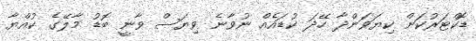
ޑޮކްޓަރުކަން ކިޔަވަންދާ ހޭދަ ކުޑައެއް ނުވާނެ ވިޔަސް ވާނީ ބޮޑު މާލޭގެ ކުއްޔާ